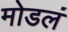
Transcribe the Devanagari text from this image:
मोडलं